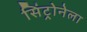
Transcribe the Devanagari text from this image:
सिंट्रोनेला